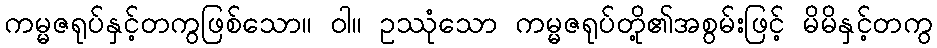
ကမ္မဇရုပ်နှင့်တကွဖြစ်သော။ ဝါ။ ဥဿုံသော ကမ္မဇရုပ်တို့၏အစွမ်းဖြင့် မိမိနှင့်တကွ